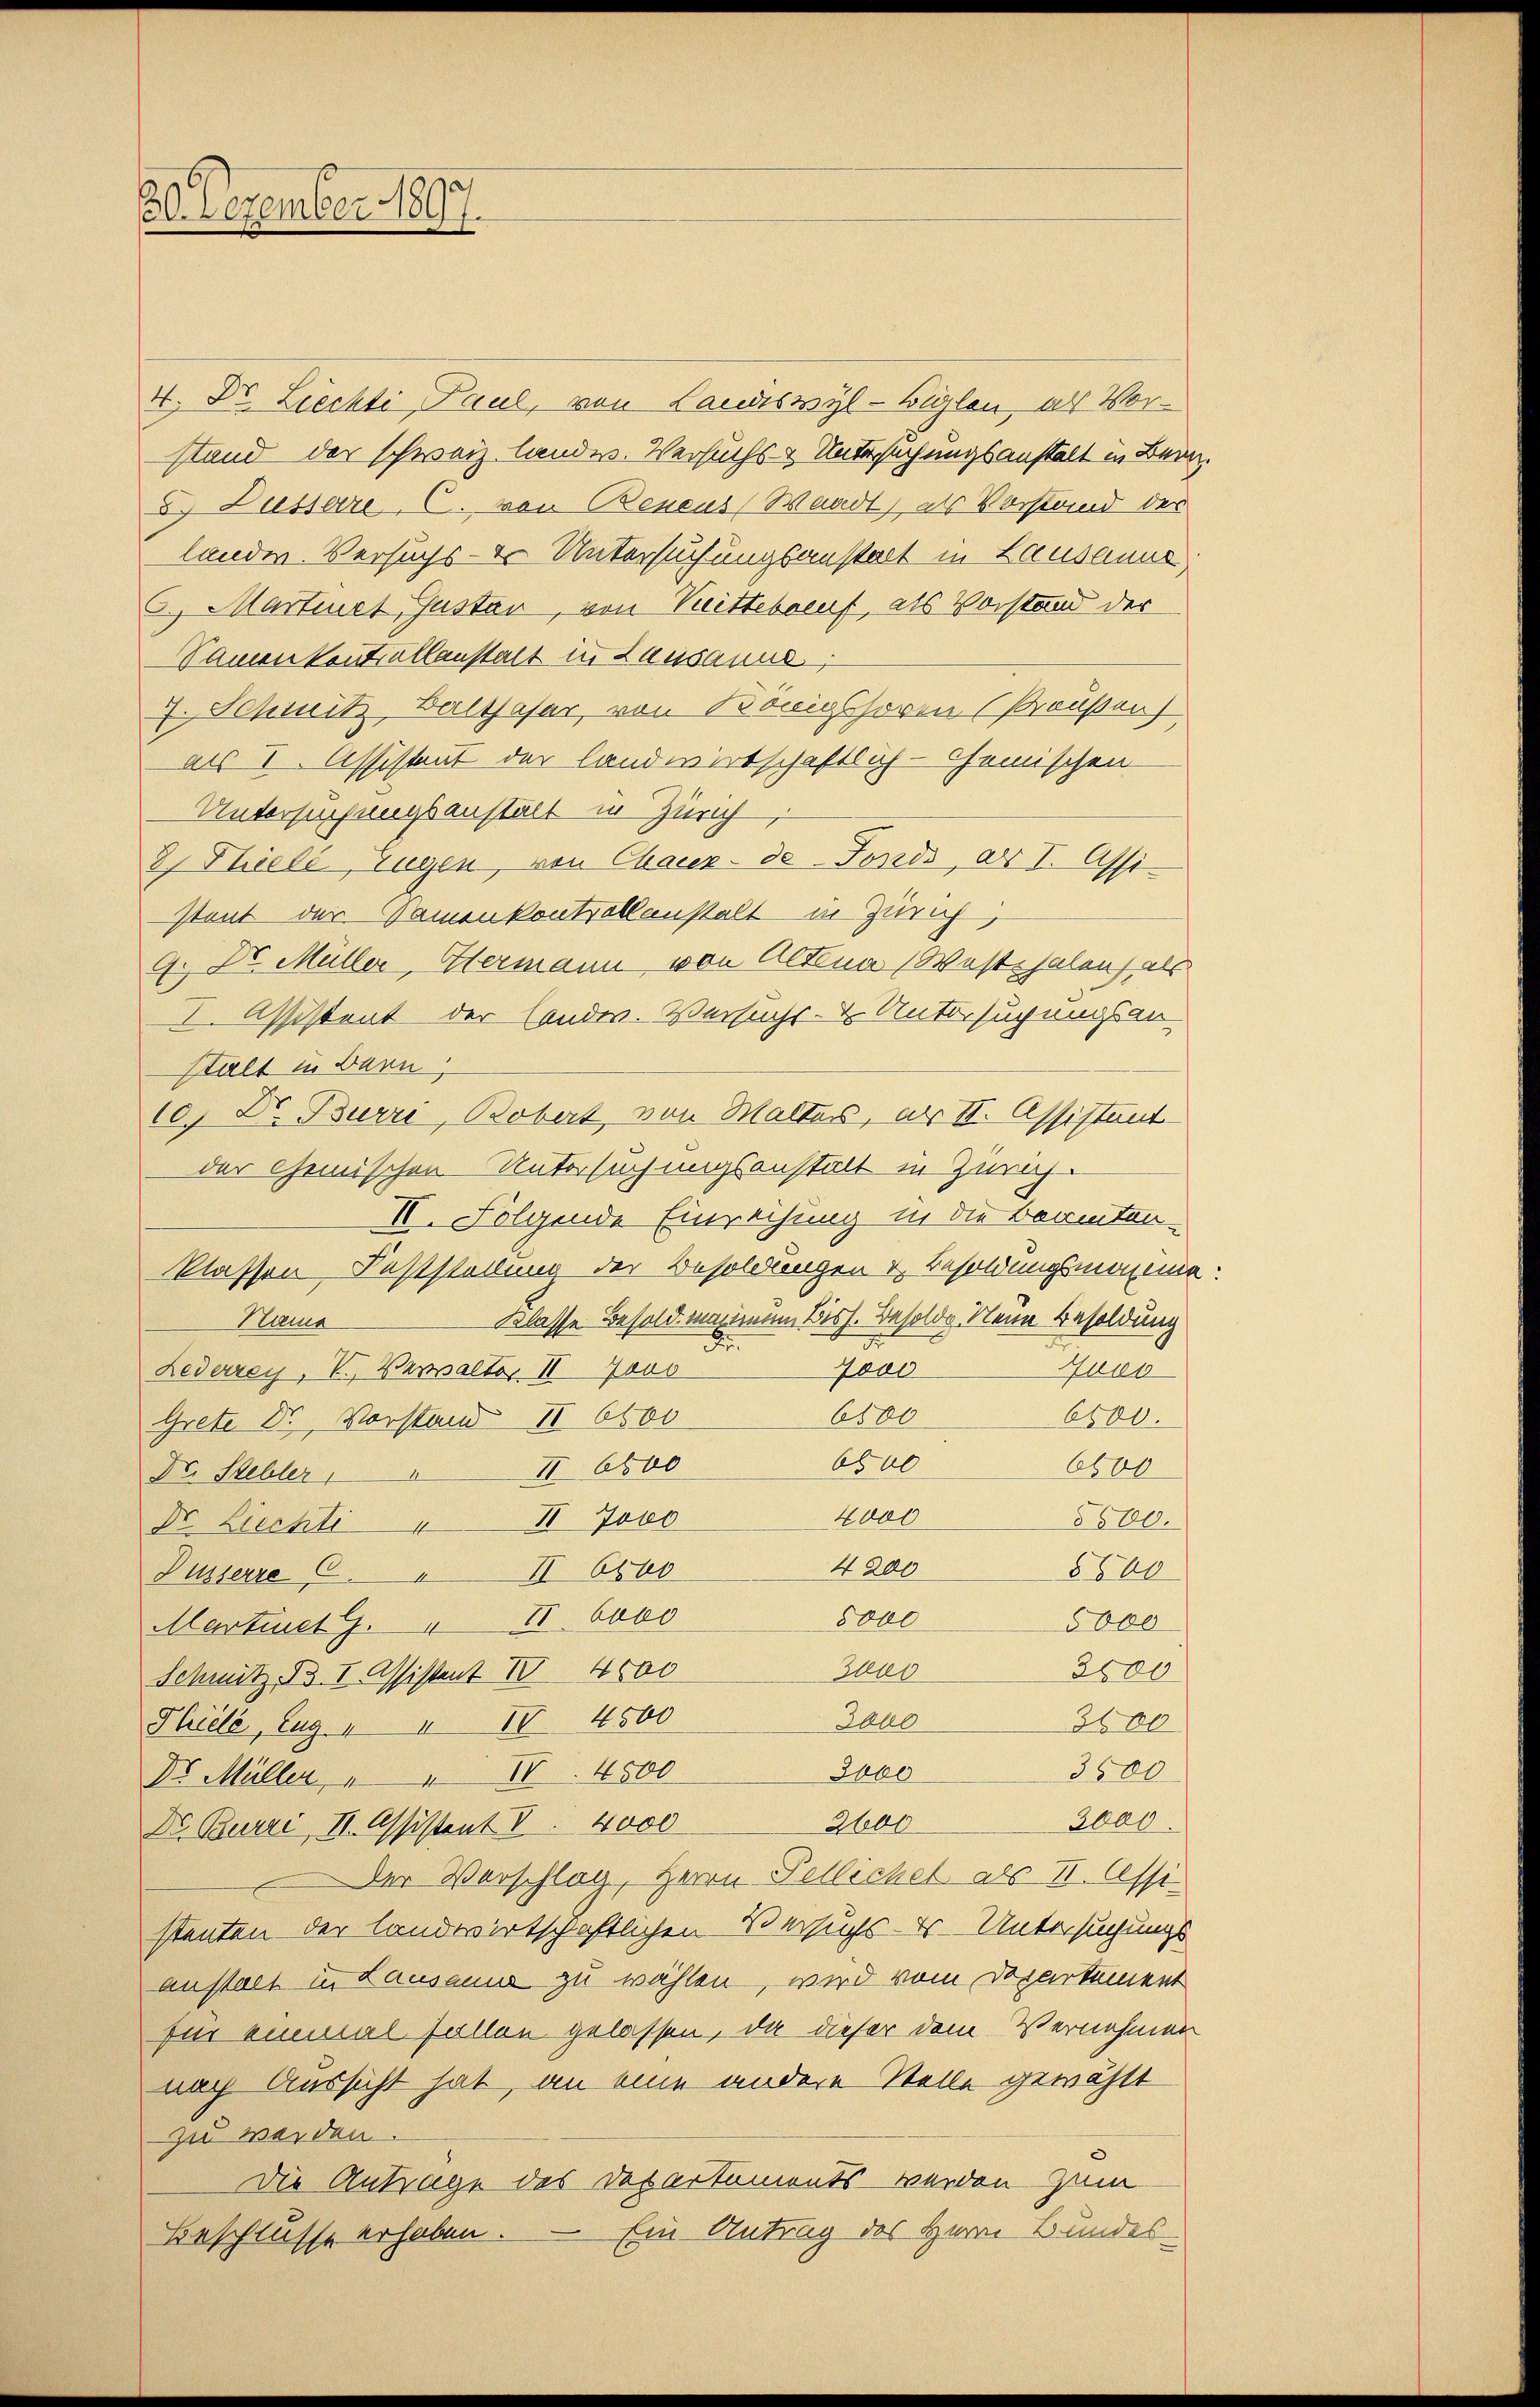
4. Dr. Liechti Paul, von Landswyl-Biglen, als Vorstand der schweiz. landw. Versuchs- & Untersuchungsanstalt in Bern.
E. Dissare, C. von Benens, Waadt) als Vorstand der
landw. Versuchs - er Untersuchungsanstalt in Lausanne
6. Martinet, Gustav, von Bittebenst, als Vorstand der
Samenkontrallanstalt in Lausanne
7. Schwitz Balthasar, von Königssoren (Preußen
als I. Assistant der landwirtschaftlich-Chemischen
Untersuchungsanstalt in Zürich
3 Thielé, Eugen, von Chaux-de-Fonds, als I. Assi
stant der Samenkontrollanstalt in Zürich,
9. Dr. Müller, Hermann, von Altna Westphalen, als
I. Assistent der Landw. Versuchs- & Untersuchungsan-
stalt in Bern
10.) Dr. Burri, Bobert von Waltes, als S. Assistant
der Gemischen Untersuchungsanstalt in Zürich.
II. Folgende Einreihung in die Beamten-
klassen Feststellung der Besoldungen & Besoldungsmomena
Klasse Besold manieren Biss. Besolde Neue Besoldung
Prug
7000
Lederreis, V., Verwalter II Jous
Gang
6100
6500.
Grete Dr. Vorstand IV 6500
6500
6600
II 6800
Dr. Stebler,
4000
5500.
Dr. Liechte II Jobs
4200
8500
Pusserre II 660
8000
Martinet G. 11. bevo
5000
2600
Zuo
Schnitz, B. I Assistent IV 4500
Jako
Piele, Zug 10. 4500
3600
3000
3500
Dr. Müller " " 80. 4500
2000.
Dr. Burri, II. Assistent V. 4000 2600
der Verschlag, Herrn Pellichel als II. Assistenten der landwirtschaftlichen Versuchs - 4 - Untersuchungs
anstaet zu Lausanne zu wählen, wird vom Departement
für einmal fallen gelassen, da dieser dem Vernehmen
nach Aussicht hat, an eine andere Stelle gewählt
zu werden.
Die Antrage des Departements - werden zum
Ein Antrag des Herr Bundes-
Beschlusse erhaben.

20 Dezember 1897.